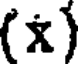
(x)